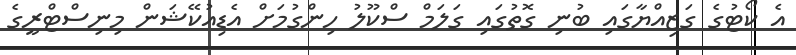
އެ ކޯޓުގެ ގަޒިއްޔާގައި ބުނި ގޮތުގައި ގަލަމް ސްކޫލު ހިންގުމަށް އެޑިއުކޭޝަން މިނިސްޓްރީގެ